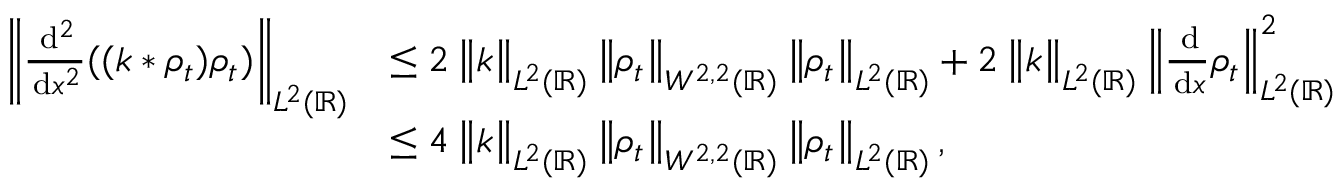
\begin{array} { r l } { \left\lVert \frac { \, \mathrm { d } ^ { 2 } } { \, \mathrm { d } x ^ { 2 } } ( ( k * \rho _ { t } ) \rho _ { t } ) \right\rVert _ { L ^ { 2 } ( \mathbb { R } ) } } & { \le 2 \left\lVert k \right\rVert _ { L ^ { 2 } ( \mathbb { R } ) } \left\lVert \rho _ { t } \right\rVert _ { W ^ { 2 , 2 } ( \mathbb { R } ) } \left\lVert \rho _ { t } \right\rVert _ { L ^ { 2 } ( \mathbb { R } ) } + 2 \left\lVert k \right\rVert _ { L ^ { 2 } ( \mathbb { R } ) } \left\lVert \frac { \, \mathrm { d } } { \, \mathrm { d } x } \rho _ { t } \right\rVert _ { L ^ { 2 } ( \mathbb { R } ) } ^ { 2 } } \\ & { \le 4 \left\lVert k \right\rVert _ { L ^ { 2 } ( \mathbb { R } ) } \left\lVert \rho _ { t } \right\rVert _ { W ^ { 2 , 2 } ( \mathbb { R } ) } \left\lVert \rho _ { t } \right\rVert _ { L ^ { 2 } ( \mathbb { R } ) } , } \end{array}